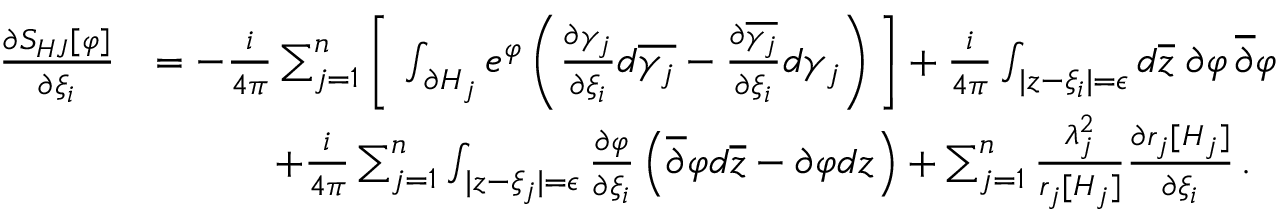
\begin{array} { r l } { { \frac { \partial S _ { H J } [ \varphi ] } { \partial \xi _ { i } } } } & { = - { \frac { i } { 4 \pi } } \sum _ { j = 1 } ^ { n } \Bigg [ \, \int _ { \partial H _ { j } } e ^ { \varphi } \left( { \frac { \partial \gamma _ { j } } { \partial \xi _ { i } } } d \overline { { \gamma _ { j } } } - { \frac { \partial \overline { { \gamma _ { j } } } } { \partial \xi _ { i } } } d \gamma _ { j } \right) \Bigg ] + { \frac { i } { 4 \pi } } \int _ { | z - \xi _ { i } | = \epsilon } d \overline { { z } } \; \partial \varphi \, \overline { { \partial } } \varphi } \\ & { \quad \quad \quad + { \frac { i } { 4 \pi } } \sum _ { j = 1 } ^ { n } \int _ { | z - \xi _ { j } | = \epsilon } { \frac { \partial \varphi } { \partial \xi _ { i } } } \left( \overline { { \partial } } \varphi d \overline { { z } } - \partial \varphi d z \right) + \sum _ { j = 1 } ^ { n } { \frac { \lambda _ { j } ^ { 2 } } { r _ { j } [ H _ { j } ] } } { \frac { \partial r _ { j } [ H _ { j } ] } { \partial \xi _ { i } } } \, . } \end{array}